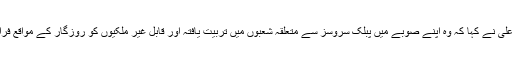
نارتھ رائن ویسٹ فیلیا کی وزیر اعلیٰ نے کہا کہ وہ اپنے صوبے میں پبلک سروسز سے متعلقہ شعبوں میں تربیت یافتہ اور قابل غیر ملکیوں کو روزگار کے مواقع فراہم کرنے پر خاص توجہ دیں گی۔